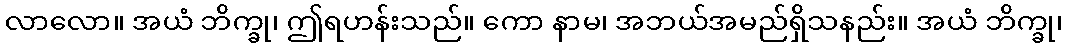
လာလော။ အယံ ဘိက္ခု၊ ဤရဟန်းသည်။ ကော နာမ၊ အဘယ်အမည်ရှိသနည်း။ အယံ ဘိက္ခု၊